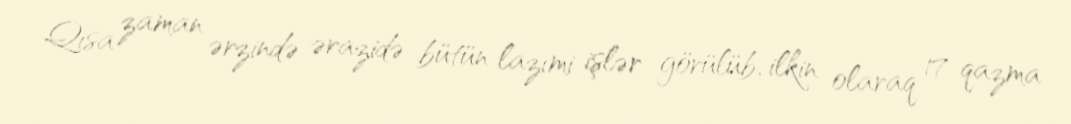
Qısa zaman ərzində ərazidə bütün lazımi işlər görülüb, ilkin olaraq 17 qazma